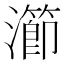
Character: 瀄